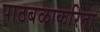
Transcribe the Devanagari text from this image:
पाठबळाकरिता